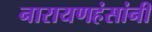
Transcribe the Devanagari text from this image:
नारायणहंसांनी